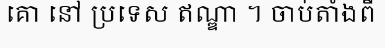
គោ នៅ ប្រទេស ឥណ្ឌា ។ ចាប់តាំងពី